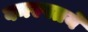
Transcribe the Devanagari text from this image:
वनस्पतये